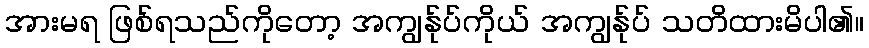
အားမရ ဖြစ်ရသည်ကိုတော့ အကျွန်ုပ်ကိုယ် အကျွန်ုပ် သတိထားမိပါ၏။